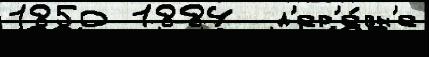
1850 1884  д'ер'е́вн'е